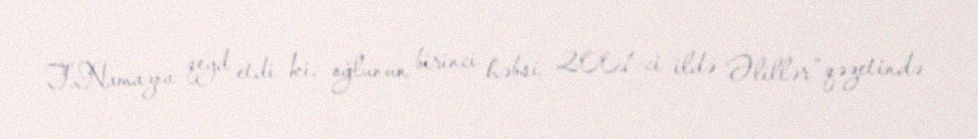
T.Namazov qeyd etdi ki, oğlunun birinci həbsi 2001-ci ildə “Əlillər” qəzetində